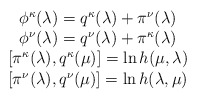
\begin{align*}\begin{array}{c}\phi^{\kappa}(\lambda)=q^{\kappa}(\lambda)+\pi^{\nu}(\lambda)\\\phi^{\nu}(\lambda)=q^{\nu}(\lambda)+\pi^{\kappa}(\lambda)\\\left[ \pi^{\kappa}(\lambda),q^{\kappa}(\mu) \right] =\ln h(\mu,\lambda)\\\left[ \pi^{\nu}(\lambda),q^{\nu}(\mu) \right]=\ln h(\lambda,\mu)\end{array}\end{align*}